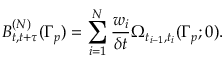
B _ { t , t + \tau } ^ { ( N ) } ( \Gamma _ { p } ) = \sum _ { i = 1 } ^ { N } \frac { w _ { i } } { \delta t } \Omega _ { t _ { i - 1 } , t _ { i } } ( \Gamma _ { p } ; 0 ) .